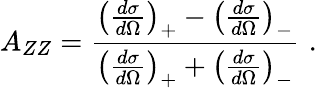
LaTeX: A_{ZZ}=\frac{\left(\frac{d\sigma}{d\Omega}\right)_{+}-\left(\frac{d\sigma}{d\Omega}\right)_{-}}{\left(\frac{d\sigma}{d\Omega}\right)_{+}+\left(\frac{d\sigma}{d\Omega}\right)_{-}}\, \, .